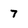
Character: 7